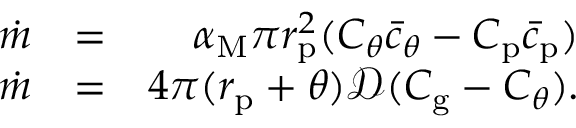
\begin{array} { r l r } { \dot { m } } & { = } & { \alpha _ { \mathrm { M } } \pi r _ { \mathrm { p } } ^ { 2 } ( C _ { \theta } \bar { c } _ { \theta } - C _ { \mathrm { p } } \bar { c } _ { \mathrm { p } } ) } \\ { \dot { m } } & { = } & { 4 \pi ( r _ { \mathrm { p } } + \theta ) \mathcal { D } ( C _ { \mathrm { g } } - C _ { \theta } ) . } \end{array}